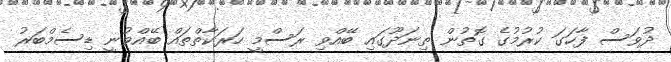
ދުވަސް ފާހަގަ ކުރުމުގެ ގޮތުން ތިނަދޫގައި ބޭއްވި ރަސްމީ ހަރަކާތްތައް ބޭއްވުނީ ޑިސެމްބަރު